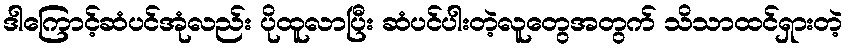
ဒါကြောင့်ဆံပင်အုံလည်း ပိုထူလာပြီး ဆံပင်ပါးတဲ့လူတွေအတွက် သိသာထင်ရှားတဲ့